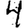
Digit: 4